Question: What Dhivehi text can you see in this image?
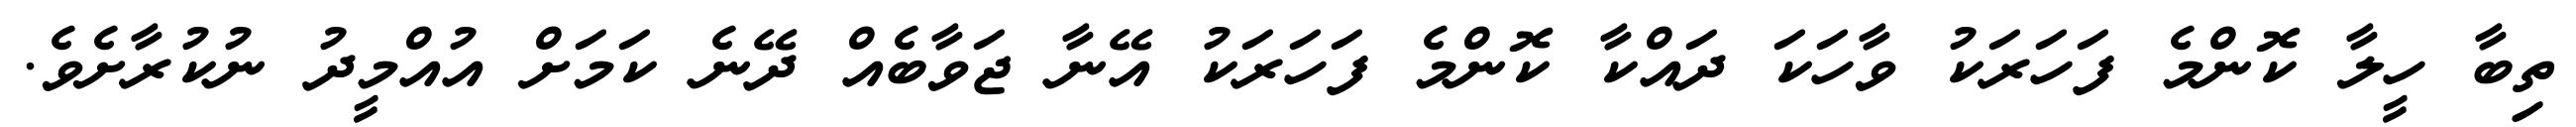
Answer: ތިބާ ހީލާ ކޮންމެ ފަހަރަކު ވާހަކަ ދައްކާ ކޮންމެ ފަހަރަކު އޭނާ ޖަވާބެއް ދޭނެ ކަމަށް އުއްމީދު ނުކުރާށެވެ.